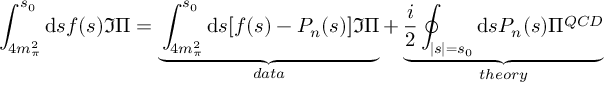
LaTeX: \int _ { 4 m _ { \pi } ^ { 2 } } ^ { s _ { 0 } } \mathrm { d } s f ( s ) \Im \Pi = \underbrace { \int _ { 4 m _ { \pi } ^ { 2 } } ^ { s _ { 0 } } \mathrm { d } s [ f ( s ) - P _ { n } ( s ) ] \Im \Pi } _ { d a t a } + \underbrace { \frac { i } { 2 } \oint _ { | s | = s _ { 0 } } \mathrm { d } s P _ { n } ( s ) \Pi ^ { Q C D } } _ { t h e o r y }